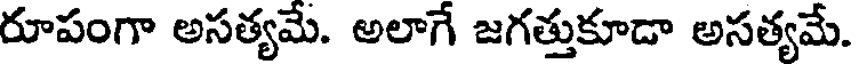
రూపంగా అసత్యమే. అలాగే జగత్తుకూడా అసత్యమే.